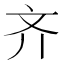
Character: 齐